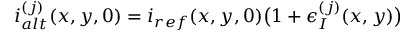
i _ { a l t } ^ { ( j ) } ( x , y , 0 ) = i _ { r e f } ( x , y , 0 ) \big ( 1 + \epsilon _ { I } ^ { ( j ) } ( x , y ) \big )